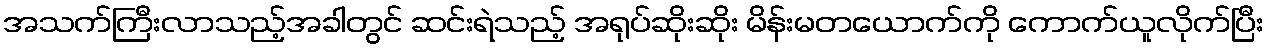
အသက်ကြီးလာသည့်အခါတွင် ဆင်းရဲသည့် အရုပ်ဆိုးဆိုး မိန်းမတယောက်ကို ကောက်ယူလိုက်ပြီး